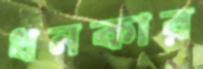
ধনকার